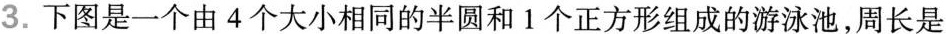
3.下图是一个由4个大小相同的半圆和1个正方形组成的游泳池，周长是